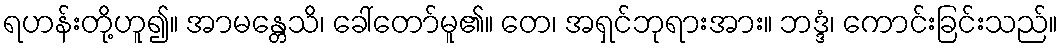
ရဟန်းတို့ဟူ၍။ အာမန္တေသိ၊ ခေါ်တော်မူ၏။ တေ၊ အရှင်ဘုရားအား။ ဘဒ္ဒံ၊ ကောင်းခြင်းသည်။